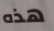
هذه